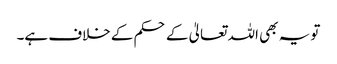
تو یہ بھی اللہ تعالیٰ کے حکم کے خلاف ہے۔